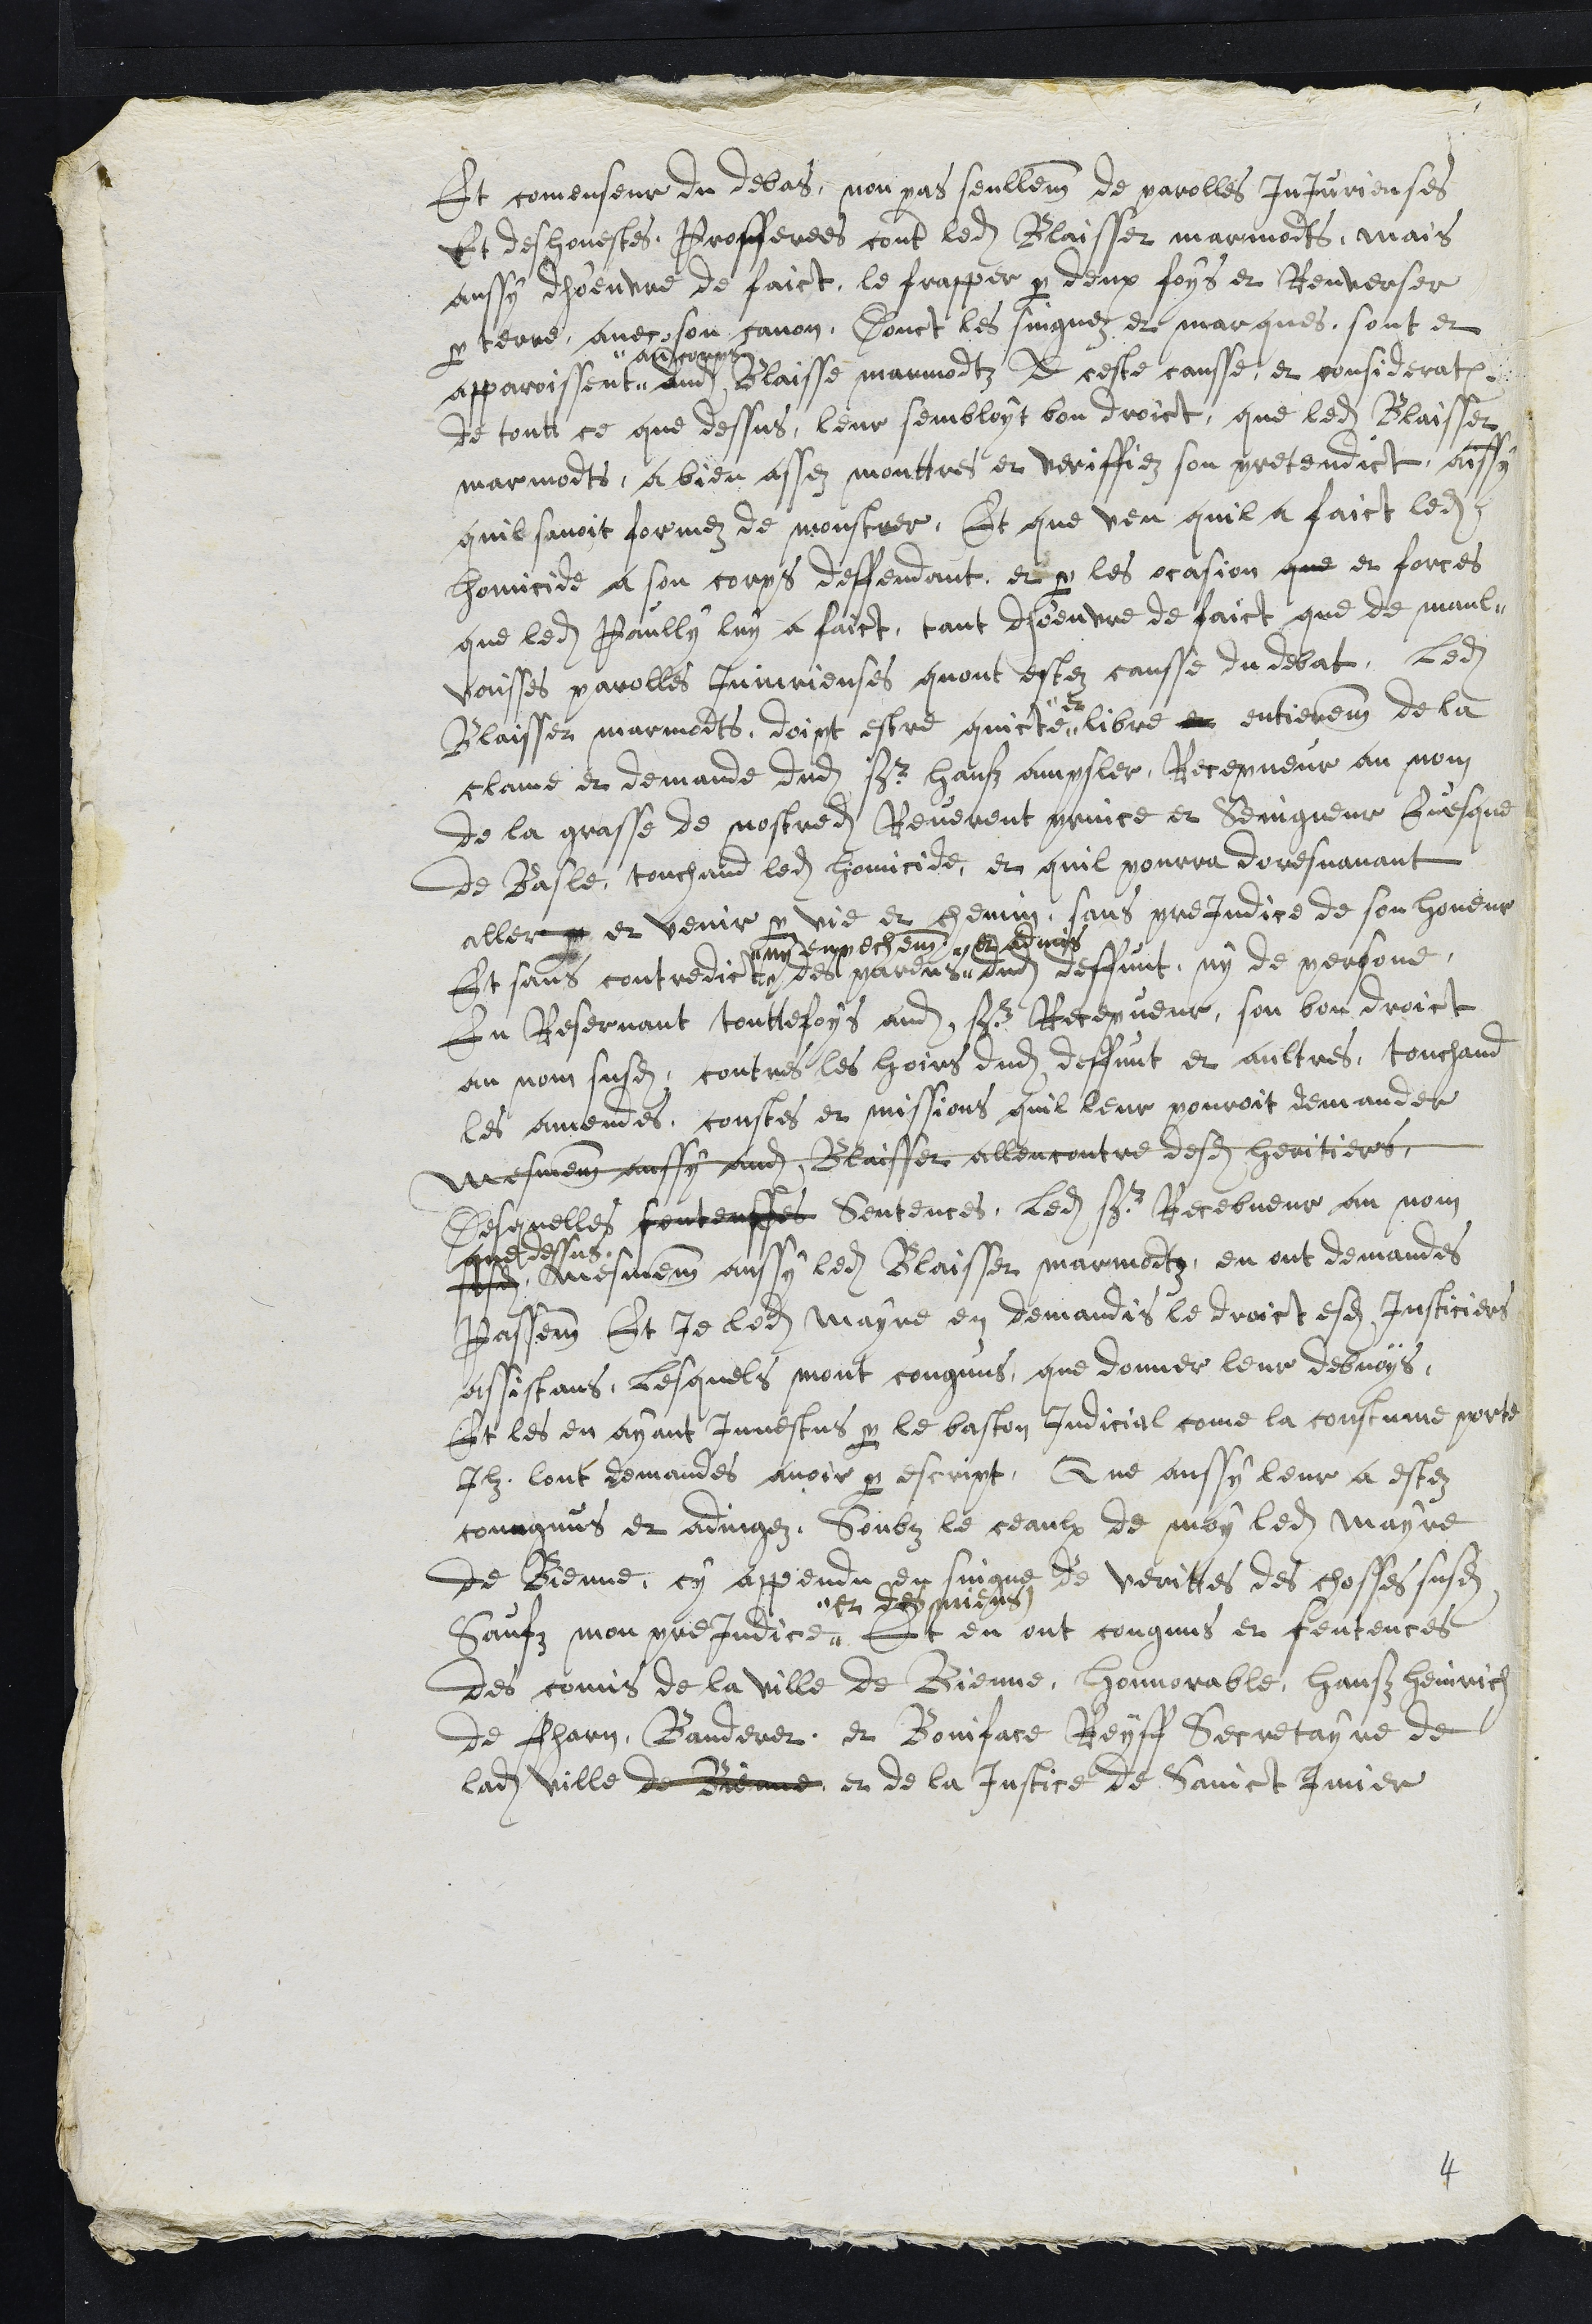
Et comenseur du debas, non pas seullement de parolles injurieuses
Et deshonestes, Profferees contre ledit Blaisset marmodts, mais
aussy dhoeuvre de faict le frapper par deux foys et Renverser
par terre avec son canon Donct les singnez et marques, sont et
apparoissent
au corps
dudit Blaisse marmodtz A ceste causse et consideration
de toutt ce que dessus, leur sembloit bon droict, que ledit Blaisset
marmodts a bien assez monttres et veriffiez son pretendict, aussy
quil savoit formez de monstrer, Et que veu quil a faict ledit
homicide a son corps deffendant et par les ocasion que et forces
que ledit Paully luy a faict, tant dhoeuvre de faict que de maul¬
vaisses parolles Injurieuses quont estez causse du debat, ledit
Blaisset marmodts, doipt estre quicte
et
libre et entierement de la
clame et demande dudit Sr Hanß Ampsler, Recepveur au nom
de la grasse de nostredit Reverent prince et Seingneur Evesque
de Basle, touchand ledit homicide et quil pourra doresnavant
aller par et venir par vie et chemin, sans prejudice de son honeur
Et sans contredict
ny empechement
des parens
et admis
dudit deffunt, ny de personne,
En Reservant touttefoys audit Sr Recepveur son bon droict
au nom susdit contres les hoirs dudit deffunt et aultres, touchand
les amendes coustes et missions quil leur pouroit demander
mesmemnt aussy audit Blaisset allencontre desdits heritiers,
Desquelles sentensses Sentences, ledit sr Recebveur au nom
que dessus
susdit mesmement aussy ledit Blaisset marmodts, en ont demandes
Passement Et Je ledit mayre en demandis le droict esdits Justiciers
assistans, lesquels mont congnus, que donner leur debvoys,
Et les en ayant investus par le baston Judicial come la coustume porte
Ilz ont demandes avoir par escript, Que aussy leur a estez
coungnus et adjugez, Soubz le ceaulx de moy ledit mayre
de Bienne, cy appendu en singne de verittes des chosses susdites
Saufz mon prejudice
et des miens
Et en ont congnus et sentences
des comis de la ville de Bienne, honnorable, Hanß Heinrich
de Fharn Banderet, et Boniface Reyff Secretayre de
ladite ville de Bienne et de la Justice de Sainct Imier
4